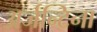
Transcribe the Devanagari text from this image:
अर्जन्टिना